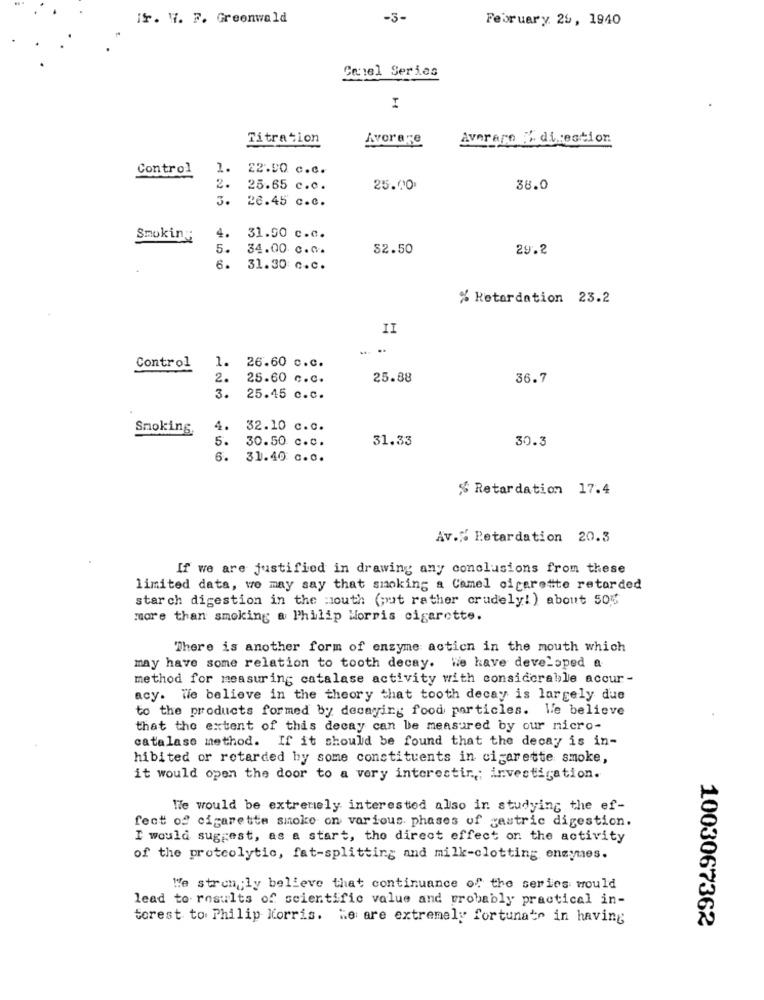
if. W. F. Greenwald
-3-
February 29, 1940
Canel Series
I
Titration
Averare E direction
Avorare
Control
22.50 c.c.
2.
25.65 c.c.
25.00
38.0
3.
26.45 c.c.
Smoking
4.
31.50 c.c.
5.
34.00 c.c.
$2.50
29.2
6.
31.30 c.c.
% Retardation 23.2
II
Control
1.
26.60 c.c.
2.
25.60 c.c.
25.88
36.7
3.
25.45 c.c.
Smoking
4.
32.10 c.c.
5 .
31.33
30.50 c.c.
30.3
6.
31.40 c.c.
% Retardation 17.4
Av.“ Retardation 20.3
If we are justified in drawing any conclusions from these
limited data, we may say that smoking a Camel cigarette retarded
starch digestion in the mouth (put rather crudely!) about 50%
more than smoking a Philip Morris cigarette.
There is another form of enzyme action in the mouth which
may have some relation to tooth decay. We have developed a
method for measuring catalase activity with considerable accur-
acy. We believe in the theory that tooth decay is largely due
to the products formed by decaying food particles. le believe
that the extent of this decay can be measured by our micro-
catalase method. If it should be found that the decay is in-
hibited or retarded by some constituents in cigarette smoke,
it would open the door to a very interestin ,; investigation.
We would be extremely interested also in studying the ef-
fect of cigarette smoke on various phases of gastric digestion.
I would suggest, as a start, tho direct effect on the activity
of the proteolytic, fat-splitting and milk-clotting enzymes.
We stron ,; ly believe that continuance of the series would
lead to results of scientific value and probably practical in-
torest to Philip Morris. "e are extremely fortunato in having
1003067362